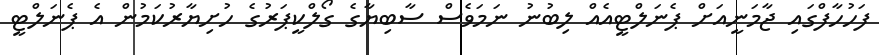
ފަހުހާފްގައި ޖާމަނީއަށް ޕެނަލްޓީއެއް ލިބުނު ނަމަވެސް ސާބިޔާގެ ގޯލްކީޕަރުގެ ހުށިޔާރުކަމުން އެ ޕެނަލްޓީ